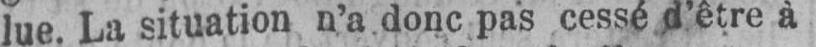
lue. La situation n’a donc pas cessé d’être à